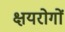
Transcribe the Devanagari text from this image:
क्षयरोगों